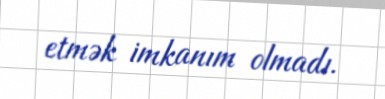
etmək imkanım olmadı.